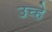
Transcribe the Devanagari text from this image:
उच्हे